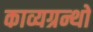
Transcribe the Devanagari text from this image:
काव्यग्रन्थो